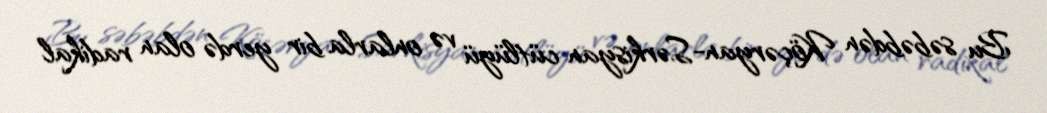
Bu səbəbdən Köçəryan-Sərkisyan cütlüyü və onlarla bir yerdə olan radikal